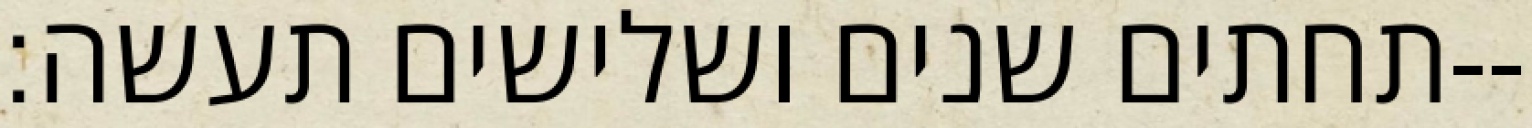
תחתים שנים ושלישים תעשה׃--